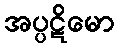
အပ္ပဋိမော